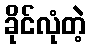
ခိုင်လုံတဲ့